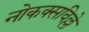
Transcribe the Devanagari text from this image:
नोकक्सविल्ले